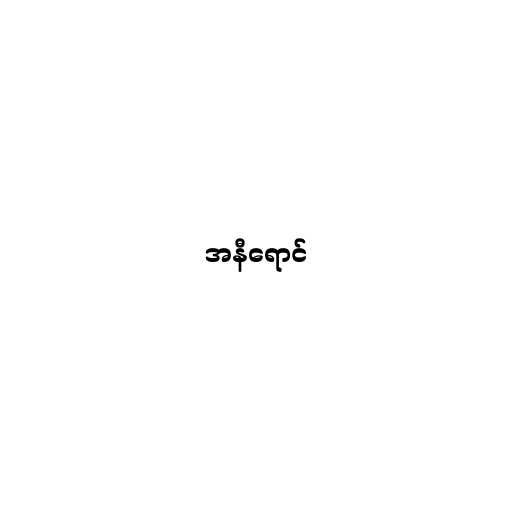
အနီရောင်